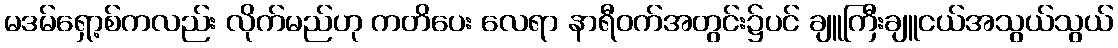
မဒမ်ရှော့စ်ကလည်း လိုက်မည်ဟု ကတိပေး လေရာ နာရီဝက်အတွင်း၌ပင် ချူကြီးချူငယ်အသွယ်သွယ်